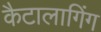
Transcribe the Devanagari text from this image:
कैटालागिंग